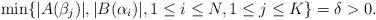
LaTeX: \begin{align*} \min\{|A(\beta_j)|, |B(\alpha_i)|, 1 \leq i \leq N, 1 \leq j \leq K\}=\delta>0.\end{align*}